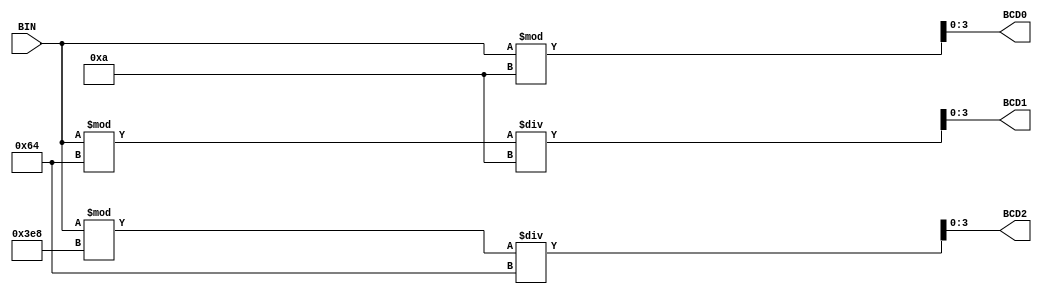
module binToBCD (BIN, BCD0, BCD1, BCD2);
	input 		[9:0] BIN;
	output      [3:0] BCD0;
	output      [3:0] BCD1;
	output      [3:0] BCD2;

	assign BCD0 = BIN % 10;
	assign BCD1 = (BIN % 100)/10;
	assign BCD2 = (BIN % 1000)/100;
	
endmodule